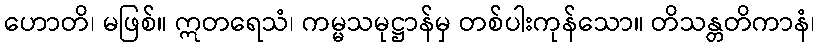
ဟောတိ၊ မဖြစ်။ ဣတရေသံ၊ ကမ္မသမုဋ္ဌာန်မှ တစ်ပါးကုန်သော။ တိသန္တတိကာနံ၊